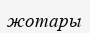
жотары